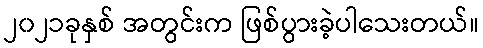
၂၀၂၁ခုနှစ် အတွင်းက ဖြစ်ပွားခဲ့ပါသေးတယ်။